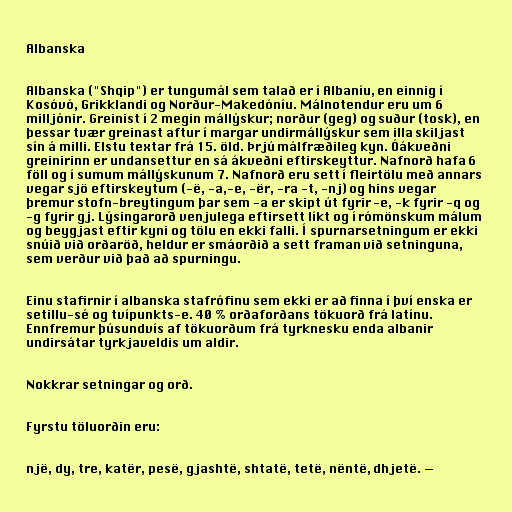
Albanska

Albanska ("Shqip") er tungumál sem talað er í Albaníu, en einnig í
Kosóvó, Grikklandi og Norður-Makedóníu. Málnotendur eru um 6
milljónir. Greinist í 2 megin mállýskur; norður (geg) og suður (tosk), en
þessar tvær greinast aftur í margar undirmállýskur sem illa skiljast
sín á milli. Elstu textar frá 15. öld. Þrjú málfræðileg kyn. Óákveðni
greinirinn er undansettur en sá ákveðni eftirskeyttur. Nafnorð hafa 6
föll og í sumum mállýskunum 7. Nafnorð eru sett í fleirtölu með annars
vegar sjö eftirskeytum (-ë, -a,-e, -ër, -ra -t, -nj) og hins vegar
þremur stofn-breytingum þar sem -a er skipt út fyrir -e, -k fyrir -q og
-g fyrir gj. Lýsingarorð venjulega eftirsett líkt og í rómönskum málum
og beygjast eftir kyni og tölu en ekki falli. Í spurnarsetningum er ekki
snúið við orðaröð, heldur er smáorðið a sett framan við setninguna,
sem verður við það að spurningu.

Einu stafirnir í albanska stafrófinu sem ekki er að finna í því enska er
setillu-sé og tvípunkts-e. 40 % orðaforðans tökuorð frá latínu.
Ennfremur þúsundvís af tökuorðum frá tyrknesku enda albanir
undirsátar tyrkjaveldis um aldir.

Nokkrar setningar og orð.

Fyrstu töluorðin eru:

një, dy, tre, katër, pesë, gjashtë, shtatë, tetë, nëntë, dhjetë. —